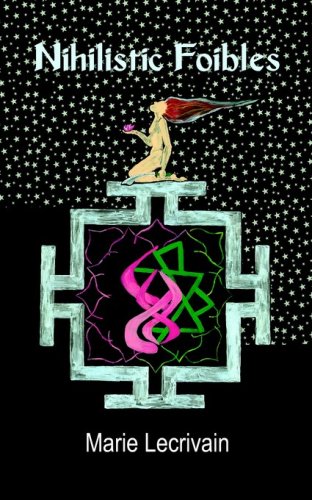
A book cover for Nihilistic Foibles; Marie Lecrivain; Romance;